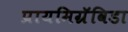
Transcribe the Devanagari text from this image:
प्रायमिग्रॅविडा